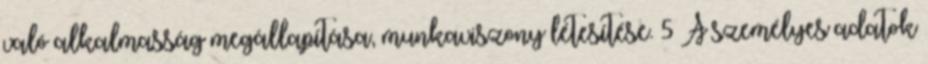
való alkalmasság megállapítása, munkaviszony létesítése. 5 A személyes adatok